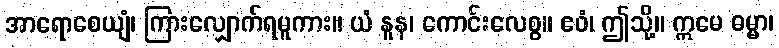
အာရောစေယျံ၊ ကြားလျှောက်ရမူကား။ ယံ နူန၊ ကောင်းလေစွ။ ဧဝံ၊ ဤသို့။ ဣမေ ဓမ္မာ၊